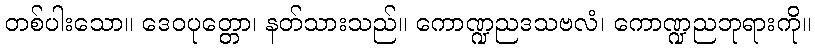
တစ်ပါးသော။ ဒေဝပုတ္တော၊ နတ်သားသည်။ ကောဏ္ဍညဒသဗလံ၊ ကောဏ္ဍညဘုရားကို။